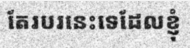
តែរបរនេះទេដែលខ្ញុំ